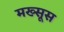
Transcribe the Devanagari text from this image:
मख्सूस